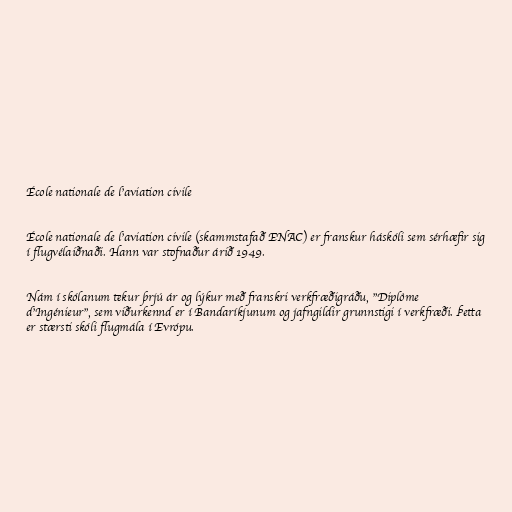
École nationale de l'aviation civile

École nationale de l'aviation civile (skammstafað ENAC) er franskur háskóli sem sérhæfir sig
í flugvélaiðnaði. Hann var stofnaður árið 1949.

Nám í skólanum tekur þrjú ár og lýkur með franskri verkfræðigráðu, "Diplôme
d'Ingénieur", sem viðurkennd er í Bandaríkjunum og jafngildir grunnstigi í verkfræði. Þetta
er stærsti skóli flugmála í Evrópu.